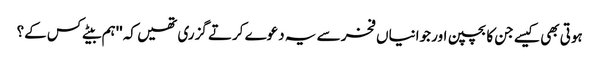
ہوتی بھی کیسے جن کا بچپن اور جوانیاں فخر سے یہ دعوے کرتے گزری تھیں کہ ''ہم بیٹے کس کے؟